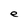
Character: e